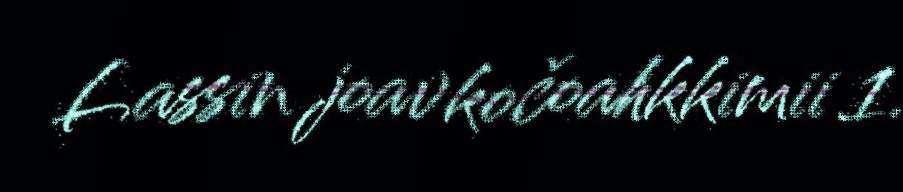
Lassin joavkočoahkkimii 1.